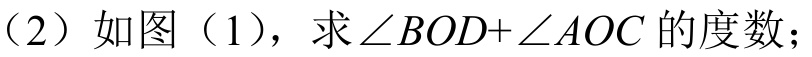
（2）如图（1），求\(\angle BOD+\angle AOC\)的度数；